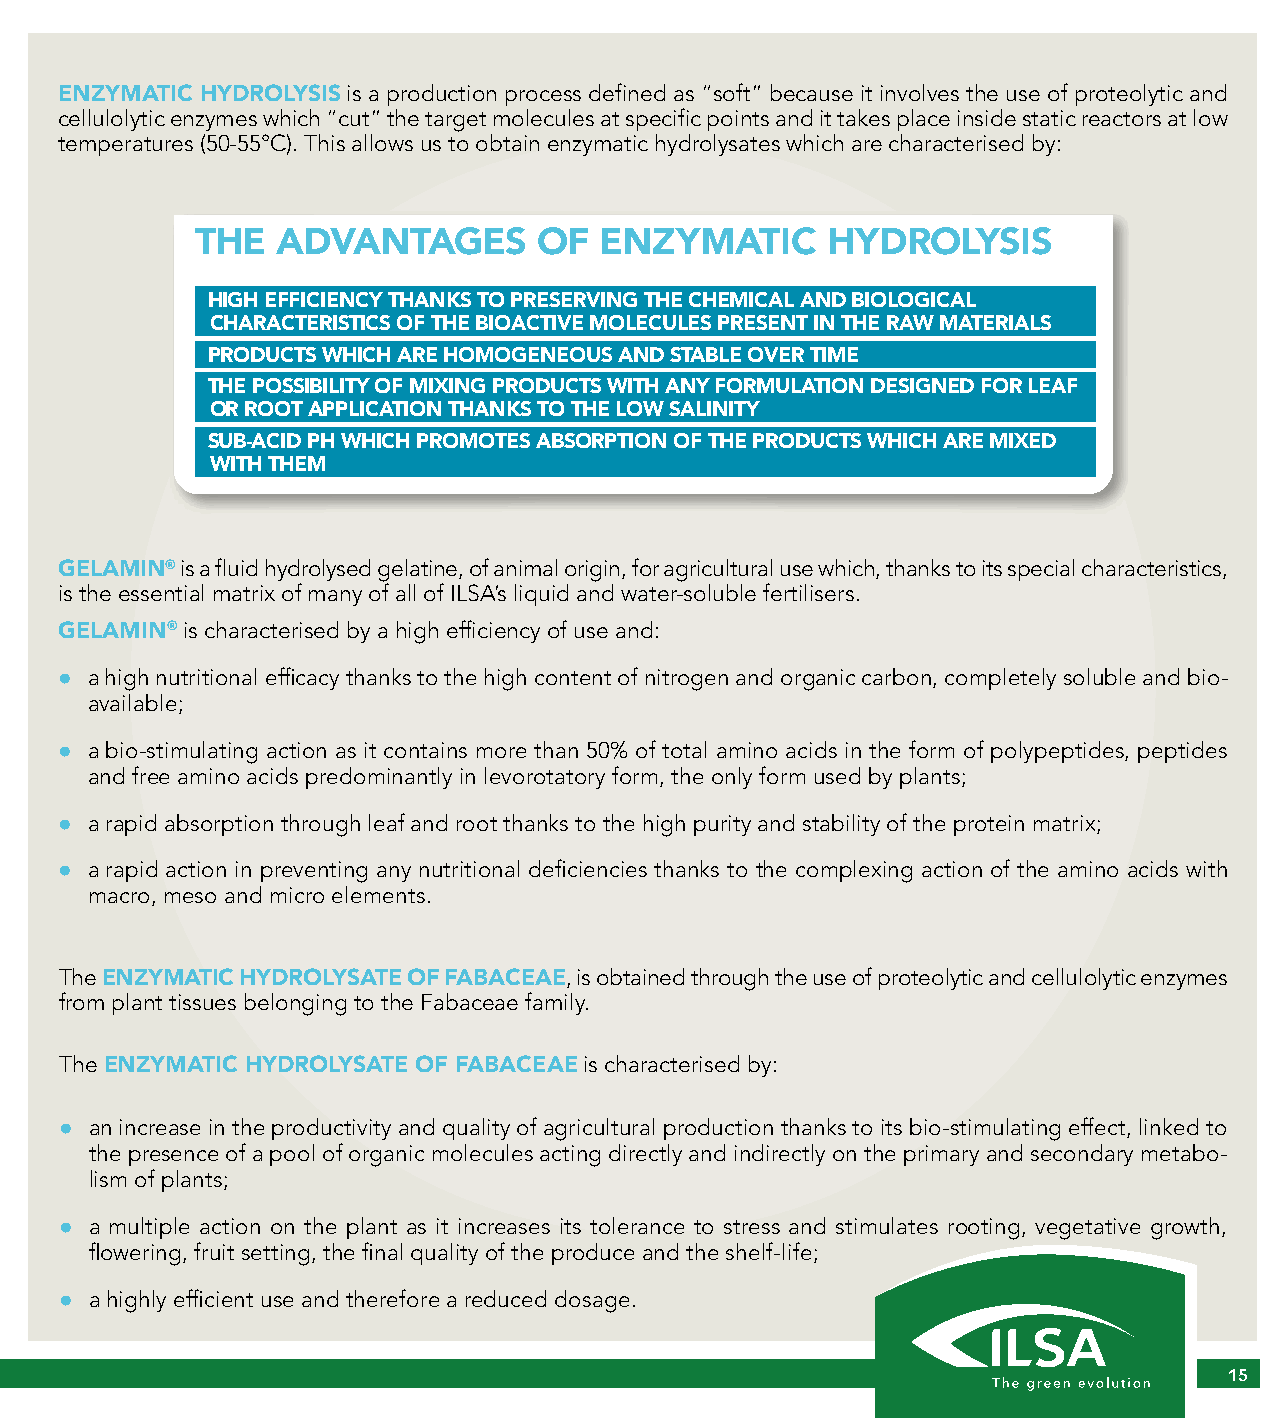
ENZYMATIC HYDROLYSIS is a production process defined as “soft” because it involves the use of proteolytic and
 cellulolytic enzymes which “cut” the target molecules at specific points and it takes place inside static reactors at low
 temperatures (50-55°C). This allows us to obtain enzymatic hydrolysates which are characterised by:
 THE  ADVANTAGES        OF  ENZYMATIC      HYDROLYSIS
 HIGH EFFICIENCY THANKS TO PRESERVING THE CHEMICAL AND BIOLOGICAL
 CHARACTERISTICS OF THE BIOACTIVE MOLECULES PRESENT IN THE RAW MATERIALS
 PRODUCTS WHICH ARE HOMOGENEOUS AND STABLE OVER TIME
 THE POSSIBILITY OF MIXING PRODUCTS WITH ANY FORMULATION DESIGNED FOR LEAF
 OR ROOT APPLICATION THANKS TO THE LOW SALINITY
 SUB-ACID PH WHICH PROMOTES ABSORPTION OF THE PRODUCTS WHICH ARE MIXED
 WITH THEM
 GELAMIN® is a fluid hydrolysed gelatine, of animal origin, for agricultural use which, thanks to its special characteristics,
 is the essential matrix of many of all of ILSA’s liquid and water-soluble fertilisers.
 GELAMIN® is characterised by a high efficiency of use and:
 ● a high nutritional efficacy thanks to the high content of nitrogen and organic carbon, completely soluble and bio-
 available;
 ● a bio-stimulating action as it contains more than 50% of total amino acids in the form of polypeptides, peptides
 and free amino acids predominantly in levorotatory form, the only form used by plants;
 ● a rapid absorption through leaf and root thanks to the high purity and stability of the protein matrix;
 ● a rapid action in preventing any nutritional deficiencies thanks to the complexing action of the amino acids with
 macro, meso and micro elements.
 The ENZYMATIC HYDROLYSATE OF FABACEAE, is obtained through the use of proteolytic and cellulolytic enzymes
 from plant tissues belonging to the Fabaceae family.
 The ENZYMATIC HYDROLYSATE OF FABACEAE is characterised by:
 ● an increase in the productivity and quality of agricultural production thanks to its bio-stimulating effect, linked to
 the presence of a pool of organic molecules acting directly and indirectly on the primary and secondary metabo-
 lism of plants;
 ● a multiple action on the plant as it increases its tolerance to stress and stimulates rooting, vegetative growth,
 flowering, fruit setting, the final quality of the produce and the shelf-life;
 ● a highly efficient use and therefore a reduced dosage.
 15 15